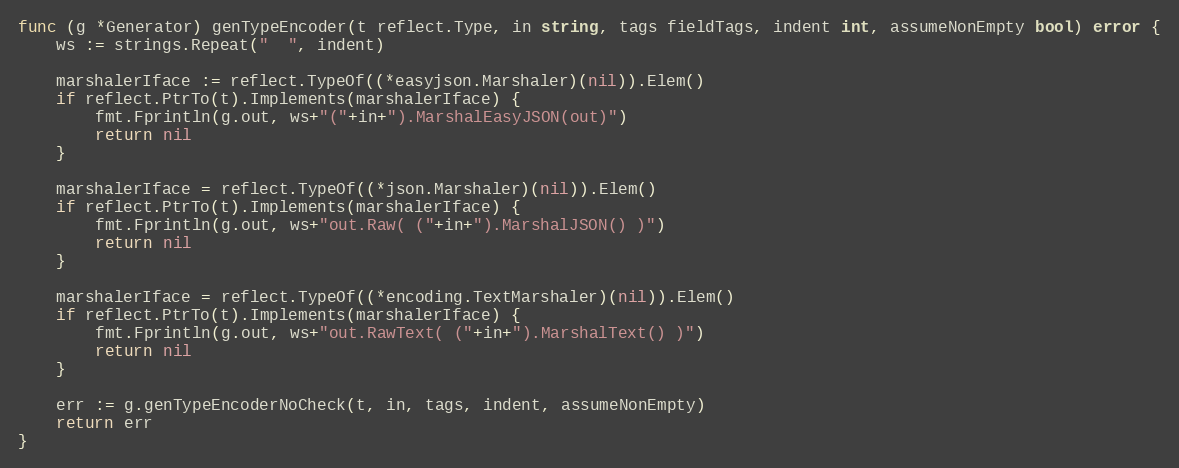
Language: Go
func (g *Generator) genTypeEncoder(t reflect.Type, in string, tags fieldTags, indent int, assumeNonEmpty bool) error {
	ws := strings.Repeat("  ", indent)

	marshalerIface := reflect.TypeOf((*easyjson.Marshaler)(nil)).Elem()
	if reflect.PtrTo(t).Implements(marshalerIface) {
		fmt.Fprintln(g.out, ws+"("+in+").MarshalEasyJSON(out)")
		return nil
	}

	marshalerIface = reflect.TypeOf((*json.Marshaler)(nil)).Elem()
	if reflect.PtrTo(t).Implements(marshalerIface) {
		fmt.Fprintln(g.out, ws+"out.Raw( ("+in+").MarshalJSON() )")
		return nil
	}

	marshalerIface = reflect.TypeOf((*encoding.TextMarshaler)(nil)).Elem()
	if reflect.PtrTo(t).Implements(marshalerIface) {
		fmt.Fprintln(g.out, ws+"out.RawText( ("+in+").MarshalText() )")
		return nil
	}

	err := g.genTypeEncoderNoCheck(t, in, tags, indent, assumeNonEmpty)
	return err
}